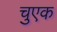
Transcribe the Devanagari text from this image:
चुएक